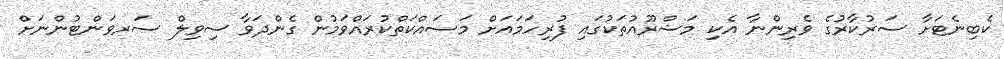
ކެބިނެޓަށާ ސަރުކާރުގެ ވެރިންނާ އެކި މަޝްރޫއުތަކުގައި ފުރިހަމައަށް މަސައްކަތްކުރައްވަމުން ގެންދަވާ ސިވިލް ސަރވަންޓުންނަށް